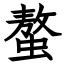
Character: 螯